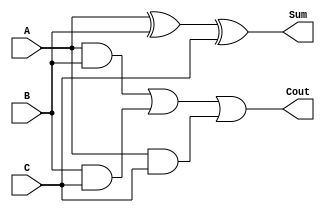
`timescale 1ns / 1ps
//////////////////////////////////////////////////////////////////////////////////
// Company: 
// Engineer: 
// 
// Design Name: 
// Module Name:    FullAdder 
// Project Name: 
// Target Devices: 
// Tool versions: 
// Description: 
//
// Dependencies: 
//
// Revision: 
// Revision 0.01 - File Created
// Additional Comments: 
//
//////////////////////////////////////////////////////////////////////////////////
module FullAdder(
    input A,
    input B,
    input C,
    output Sum,
    output Cout
    );

    assign Sum = A ^ B ^ C;
	 assign Cout = (A & B) | (B & C) | (A & C);

endmodule